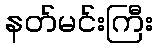
နတ်မင်းကြီး